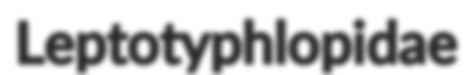
Leptotyphlopidae